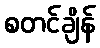
စတင်ချိန်